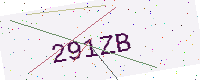
Text: 291ZB